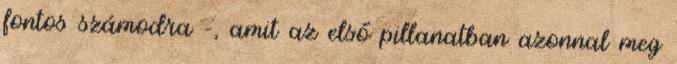
fontos számodra –, amit az első pillanatban azonnal meg